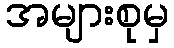
အများစုမှ